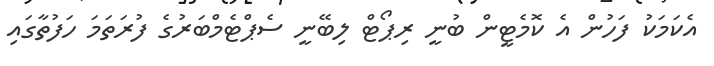
އެކަމަކު ފަހުން އެ ކޮމެޓީން ބުނީ ރިޕޯޓް ލިބޭނީ ސެޕްޓެމްބަރުގެ ފުރަތަމަ ހަފުތާގައި